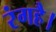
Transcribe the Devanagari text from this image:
रंगहै।